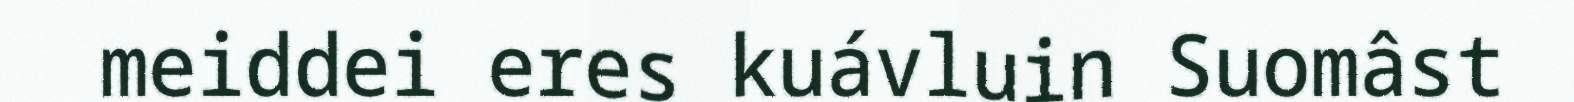
meiddei eres kuávluin Suomâst